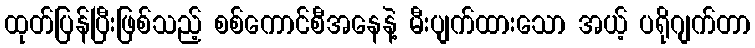
ထုတ်ပြန်ပြီးဖြစ်သည့် စစ်ကောင်စီအနေနဲ့ မီးပျက်ထားသော အယ့် ပရိုဂျက်တာ